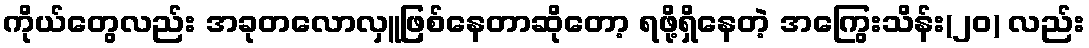
ကိုယ်တွေလည်း အခုတလောလှူဖြစ်နေတာဆိုတော့ ရဖို့ရှိနေတဲ့ အကြွေးသိန်း(၂၀) လည်း